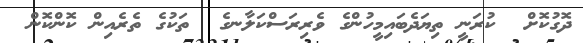
ދޮގުކޮށް  ކުރަނީ ތިޔަދެބައިމީހުންގެ ވެރިރަސްކަލާނގެ  ތަކުގެ ތެރެއިން ކޮންކޮން